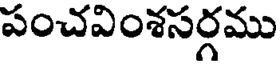
పంచవింశసర్గము